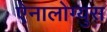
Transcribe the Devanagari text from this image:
ऐनालोग्युस